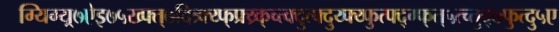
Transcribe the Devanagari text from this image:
ग्यिग्य्र्७ऐइ७५ख्फ्त्७दित्र्क्य्फ्फ्र्य्र्क्च्त्क्दुत्फ्दुय्फ्य्फुत्फ्द्ग्फ्त्५त्च्तुद्७फुत्दु५ए